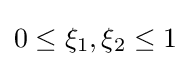
0\leq \xi _{1},\xi _{2}\leq 1